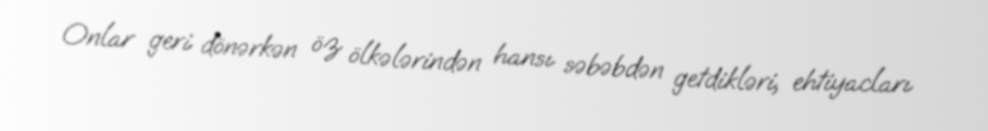
Onlar geri dönərkən öz ölkələrindən hansı səbəbdən getdikləri, ehtiyacları